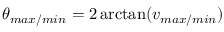
\theta _ { m a x / m i n } = 2 \arctan ( v _ { m a x / m i n } )